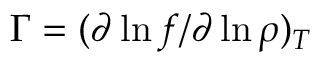
\Gamma = ( \partial \ln f / \partial \ln \rho ) _ { T }